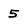
Character: 5